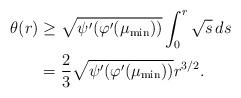
LaTeX: \begin{align*}\theta(r)&\ge\sqrt{\psi^\prime(\varphi'(\mu_{\min}))}\int_0^r \sqrt{s}\,ds\\&=\frac{2}{3}\sqrt{\psi^\prime(\varphi'(\mu_{\min}))} r^{3/2}.\end{align*}